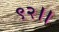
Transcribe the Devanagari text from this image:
९२।।